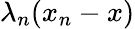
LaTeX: \lambda_{n}(x_{n}-x)